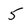
Character: 5